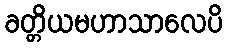
ခတ္တိယမဟာသာလေပိ